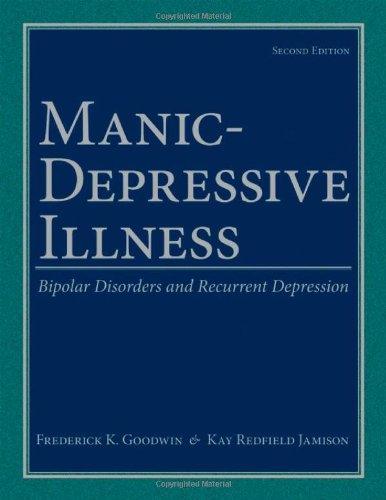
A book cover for Manic-Depressive Illness: Bipolar Disorders and Recurrent Depression, 2nd Edition; Frederick K. Goodwin; Health, Fitness & Dieting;